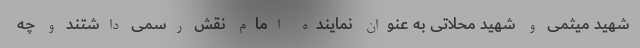
شهید میثمی و شهید محلاتی به عنوان نماینده امام نقش رسمی داشتند و چه